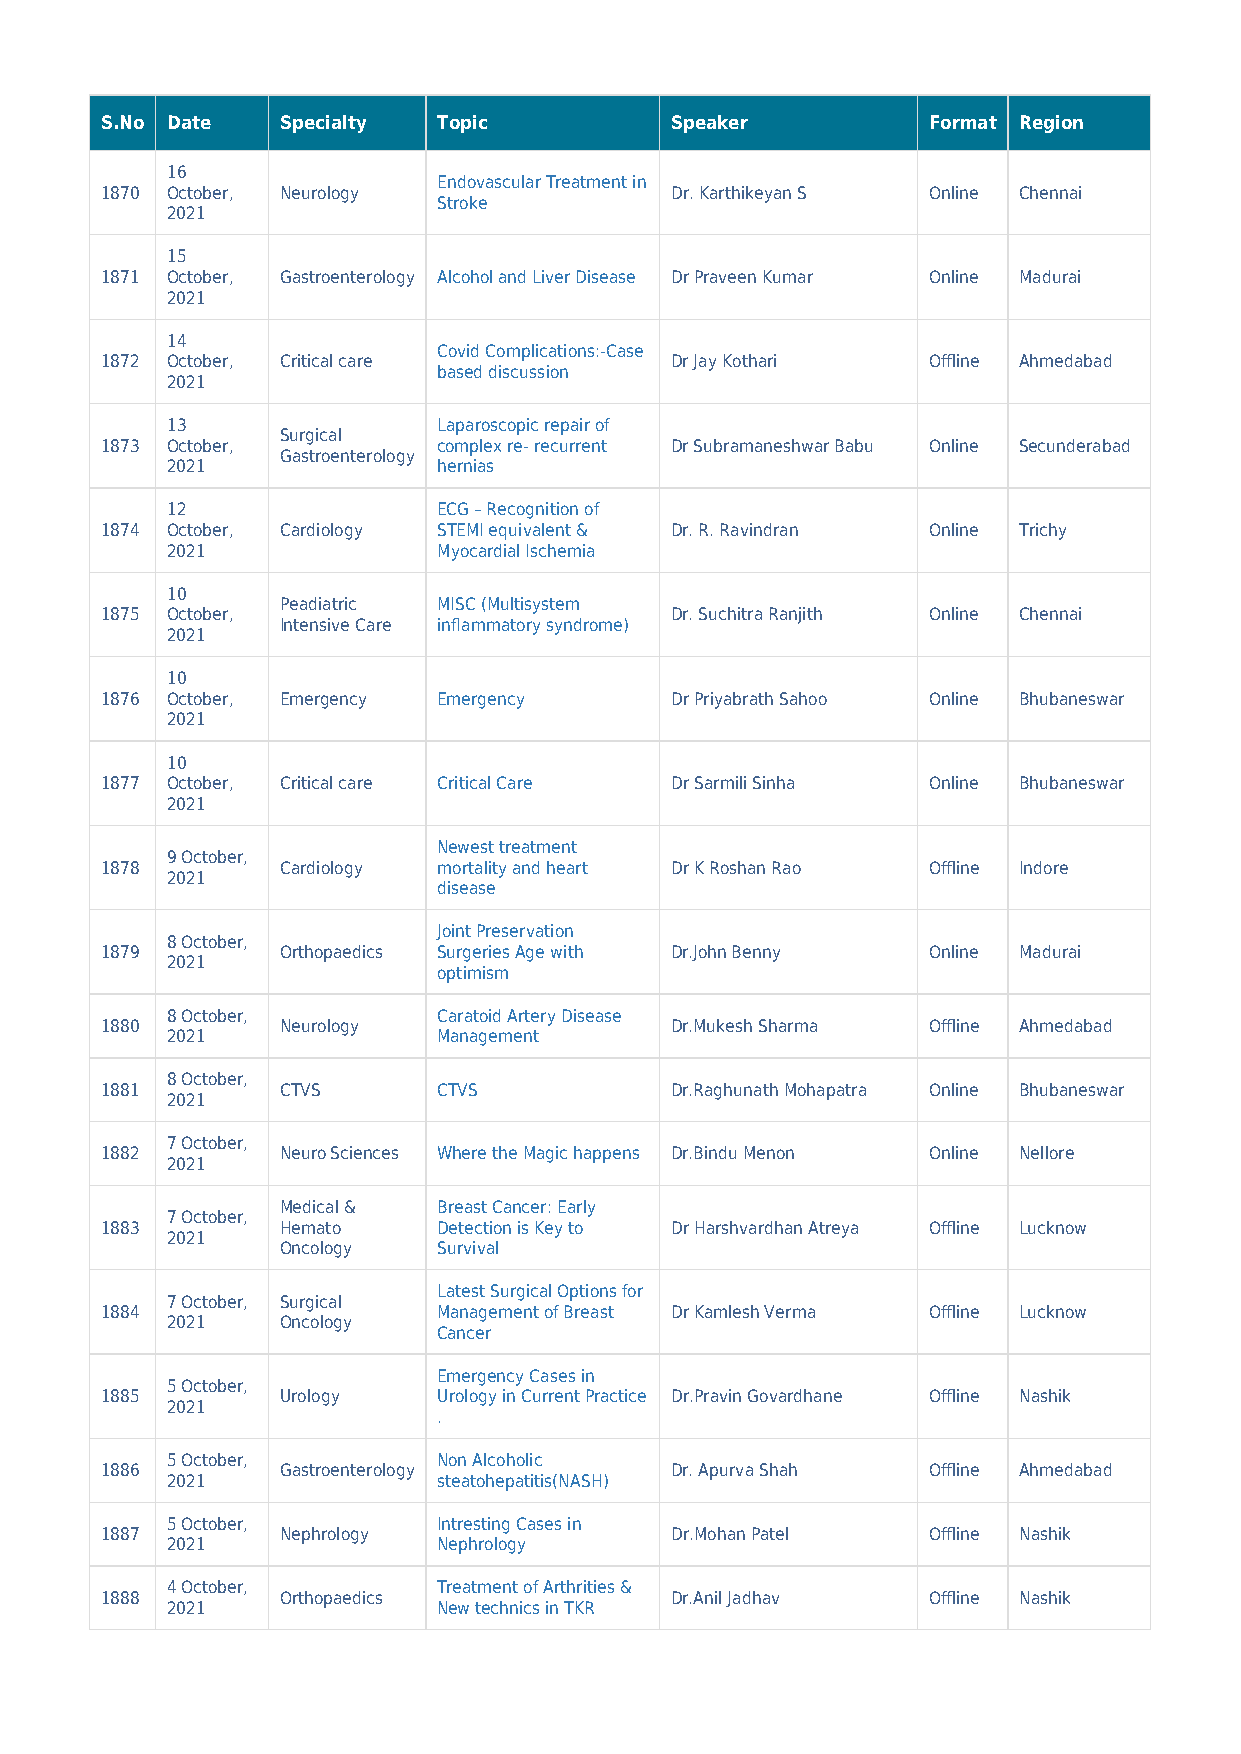
S.No Date   Specialty Topic          Speaker          Format Region
 16
 Endovascular Treatment in
 1870 October, Neurology              Dr. Karthikeyan S Online Chennai
 Stroke
 2021
 15
 1871 October, Gastroenterology Alcohol and Liver Disease Dr Praveen Kumar Online Madurai
 2021
 14
 Covid Complications:-Case
 1872 October, Critical care          Dr Jay Kothari   Offline Ahmedabad
 based discussion
 2021
 13                Laparoscopic repair of
 Surgical
 1873 October,         complex re- recurrent Dr Subramaneshwar Babu Online Secunderabad
 Gastroenterology
 2021              hernias
 12                ECG – Recognition of
 1874 October, Cardiology STEMI equivalent & Dr. R. Ravindran Online Trichy
 2021              Myocardial Ischemia
 10
 Peadiatric MISC (Multisystem
 1875 October,                        Dr. Suchitra Ranjith Online Chennai
 Intensive Care inflammatory syndrome)
 2021
 10
 1876 October, Emergency Emergency    Dr Priyabrath Sahoo Online Bhubaneswar
 2021
 10
 1877 October, Critical care Critical Care Dr Sarmili Sinha Online Bhubaneswar
 2021
 Newest treatment
 9 October,
 1878        Cardiology mortality and heart Dr K Roshan Rao Offline Indore
 2021
 disease
 Joint Preservation
 8 October,
 1879        Orthopaedics Surgeries Age with Dr.John Benny Online Madurai
 2021
 optimism
 8 October,        Caratoid Artery Disease
 1880        Neurology                Dr.Mukesh Sharma Offline Ahmedabad
 2021              Management
 8 October,
 1881        CTVS      CTVS           Dr.Raghunath Mohapatra Online Bhubaneswar
 2021
 7 October,
 1882        Neuro Sciences Where the Magic happens Dr.Bindu Menon Online Nellore
 2021
 Medical & Breast Cancer: Early
 7 October,
 1883        Hemato    Detection is Key to Dr Harshvardhan Atreya Offline Lucknow
 2021
 Oncology  Survival
 Latest Surgical Options for
 7 October, Surgical
 1884                  Management of Breast Dr Kamlesh Verma Offline Lucknow
 2021    Oncology
 Cancer
 Emergency Cases in
 5 October,
 1885        Urology   Urology in Current Practice Dr.Pravin Govardhane Offline Nashik
 2021
 .
 5 October,        Non Alcoholic
 1886        Gastroenterology         Dr. Apurva Shah  Offline Ahmedabad
 2021              steatohepatitis(NASH)
 5 October,        Intresting Cases in
 1887        Nephrology               Dr.Mohan Patel   Offline Nashik
 2021              Nephrology
 4 October,        Treatment of Arthrities &
 1888        Orthopaedics             Dr.Anil Jadhav   Offline Nashik
 2021              New technics in TKR